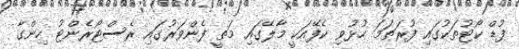
ފުޑް ކޯޓުތަކުގައި ފުރަތަމަ ހުޅުވި ކެފޭއަކީ މާލޭގައި މަތީ ފެންވަރުގައި ރެސްޓޯރެންޓު ހިންގާ